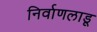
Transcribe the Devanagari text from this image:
निर्वाणलाडू